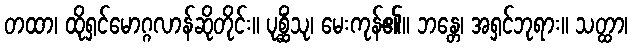
တထာ၊ ထိုရှင်မောဂ္ဂလာန်ဆိုတိုင်း။ ပုစ္ဆိံသု၊ မေးကုန်၏။ ဘန္တေ၊ အရှင်ဘုရား။ သတ္ထာ၊